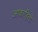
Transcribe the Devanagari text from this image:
आकाहितो